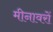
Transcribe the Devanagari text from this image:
मीनावरों